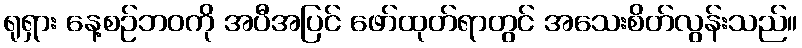
ရုရှား နေ့စဉ်ဘဝကို အပီအပြင် ဖော်ထုတ်ရာတွင် အသေးစိတ်လွန်းသည်။